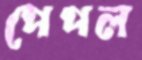
পেপল